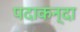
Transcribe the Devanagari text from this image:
पदाकन्दा